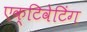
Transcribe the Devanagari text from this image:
एक्टिवेटिंग